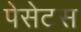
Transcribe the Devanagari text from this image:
पेसेटस